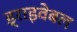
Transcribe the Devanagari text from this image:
ड्राइवेबल